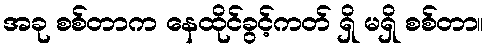
အခု စစ်တာက နေထိုင်ခွင့်ကတ် ရှိ မရှိ စစ်တာ။